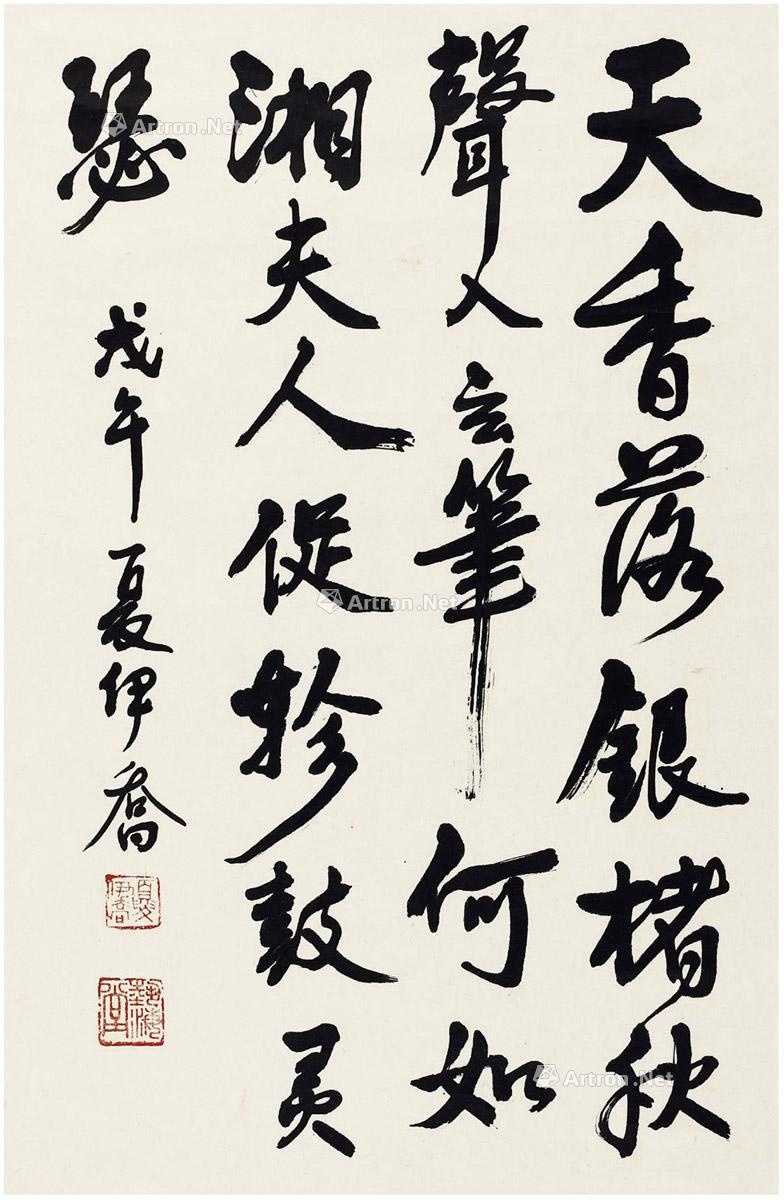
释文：天香落银楮，秋声入玄笔。何如湘夫人，促轸鼓灵瑟。戊午，夏伊乔。